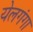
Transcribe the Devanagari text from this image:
येलगंगा